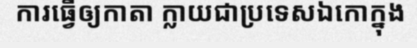
ការធ្វើឲ្យកាតា ក្លាយជាប្រទេសឯកោក្នុង